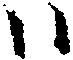
ハ